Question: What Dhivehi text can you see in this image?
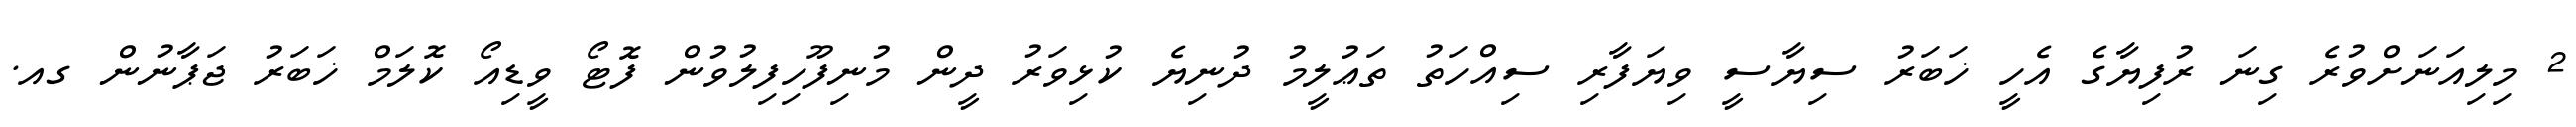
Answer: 2 މިލިއަނަށްވުރެ ގިނަ ރުފިޔާގެ އެހީ ޚަބަރު ސިޔާސީ ވިޔަފާރި ސިއްހަތު ތަޢުލީމު ދުނިޔެ ކުޅިވަރު ދީން މުނިފޫހިފިލުވުން ފޮޓޯ ވީޑިއޯ ކޮލަމް ޚަބަރު ޖަޕާނުން ގއ.